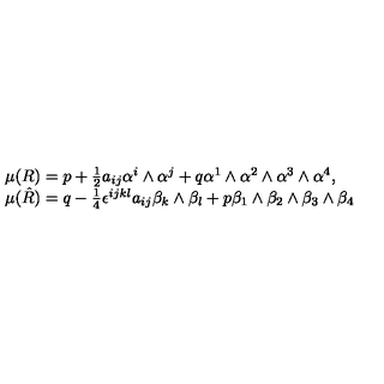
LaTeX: \begin{array} { l } { \mu ( R ) = p + \frac { 1 } { 2 } a _ { i j } \alpha ^ { i } \wedge \alpha ^ { j } + q \alpha ^ { 1 } \wedge \alpha ^ { 2 } \wedge \alpha ^ { 3 } \wedge \alpha ^ { 4 } , } \\ { \mu ( \hat { R } ) = q - \frac { 1 } { 4 } \epsilon ^ { i j k l } a _ { i j } \beta _ { k } \wedge \beta _ { l } + p \beta _ { 1 } \wedge \beta _ { 2 } \wedge \beta _ { 3 } \wedge \beta _ { 4 } } \\ \end{array}